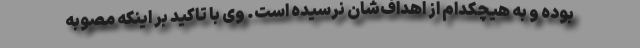
بوده و به هیچکدام از اهداف‌شان نرسیده است. وی با تاکید بر اینکه مصوبه